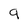
Character: 9